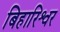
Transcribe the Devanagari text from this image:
बिहारिश्वर